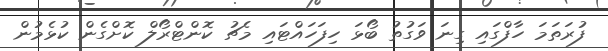
ފުރަތަމަ ހާފްގައި ގިނަ ވަގުތު ބޯޅަ ހިފަހައްޓައި މެޗު ކޮންޓްރޯލް ކޮށްގެން ކުޅެމުން